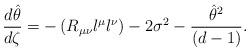
LaTeX: \begin{align*}{d\hat\theta\over d\zeta} =- \left( R_{\mu\nu} l^\mu l^\nu \right)-2\sigma^2 -{{\hat\theta}^2\over(d-1)}.\end{align*}